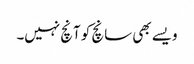
ویسے بھی سانچ کو آنچ نہیں۔